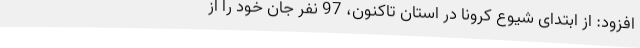
افزود: از ابتدای شیوع کرونا در استان تاکنون، 97 نفر جان خود را از